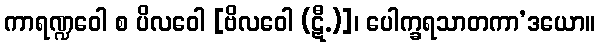
ကာရဏ္ဍဝေါ စ ပိလဝေါ [ဗိလဝေါ (ဋီ.)]၊ ပေါက္ခရသာတကာ’ဒယော။